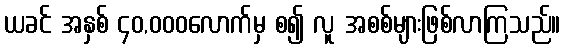
ယခင် အနှစ် ၄၀,၀၀၀လောက်မှ စ၍ လူ အစစ်များဖြစ်လာကြသည်။